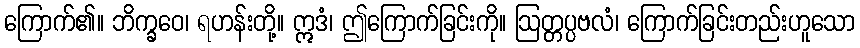
ကြောက်၏။ ဘိက္ခဝေ၊ ရဟန်းတို့။ ဣဒံ၊ ဤကြောက်ခြင်းကို။ ဩတ္တပ္ပဗလံ၊ ကြောက်ခြင်းတည်းဟူသော